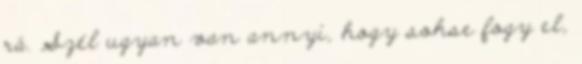
rá. Szél ugyan van annyi, hogy sohse fogy el,